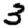
Digit: 3